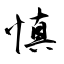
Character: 慎